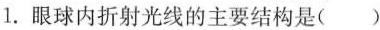
1.眼球内折射光线的主要结构是()